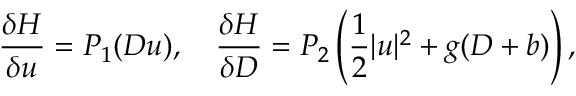
\frac { \delta H } { \delta u } = P _ { 1 } ( D u ) , \quad \frac { \delta H } { \delta D } = P _ { 2 } \left( \frac { 1 } { 2 } | u | ^ { 2 } + g ( D + b ) \right) ,